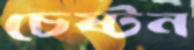
চেষ্টন